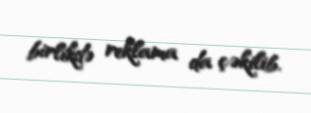
birlikdə reklama da çəkilib.